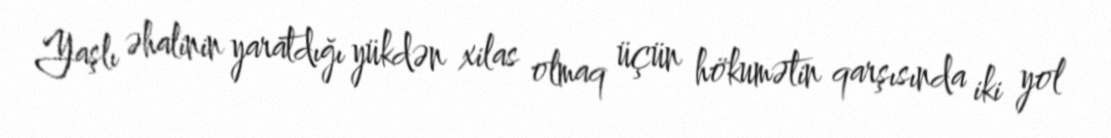
Yaşlı əhalinin yaratdığı yükdən xilas olmaq üçün hökumətin qarşısında iki yol